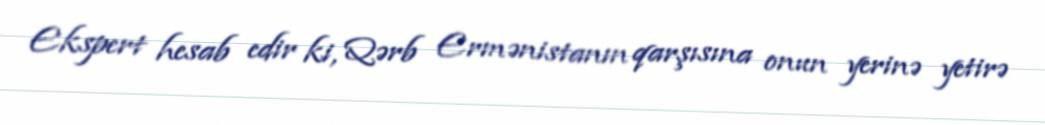
Ekspert hesab edir ki, Qərb Ermənistanın qarşısına onun yerinə yetirə